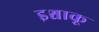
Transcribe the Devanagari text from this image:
इश्चाकू